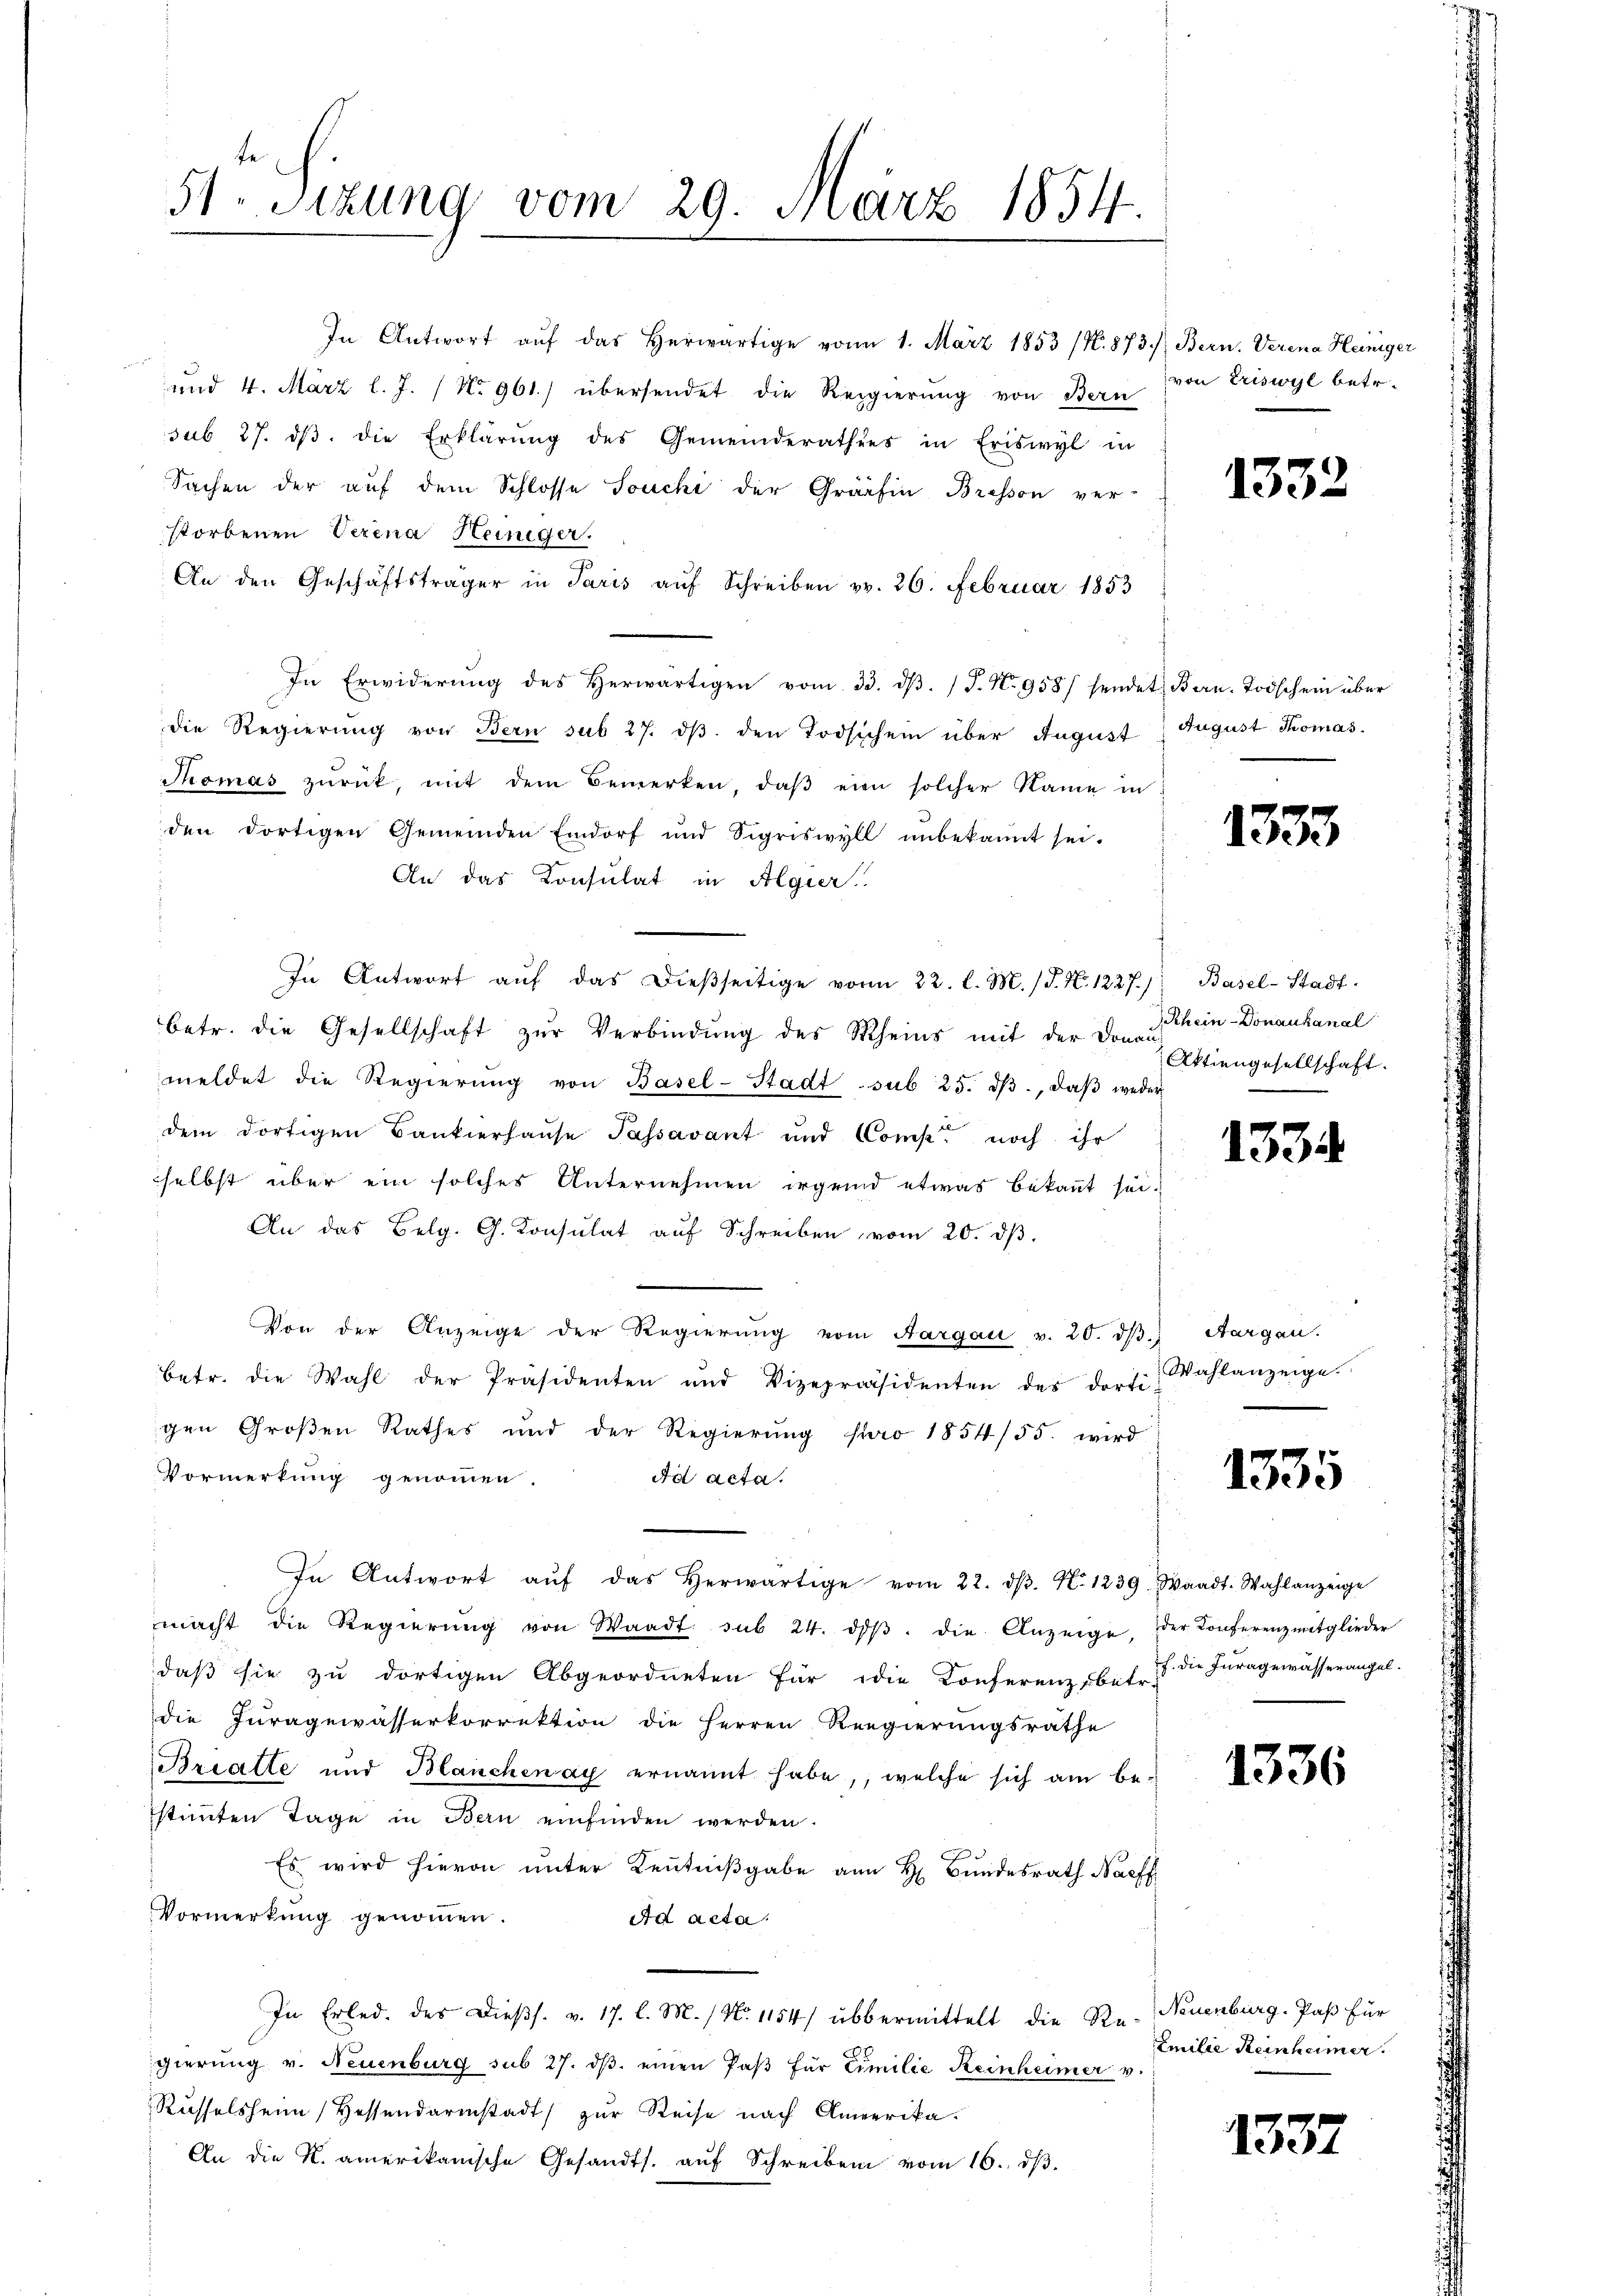
e

te
51. Sizung vom 29. März 1854.

In Antwort aŭf das herwärtige vom 1. März 1853 (N. 873. /: Bern. Verena Heiniger
und 4. März l. J. / No 961.) übersendet die Regierung von Bern
sub 27. dβ. die Erklärŭng des Gemeinderathes in Eriswyl in
Sachen der auf dem Schlosse Souchi der Gräfin Bresson ver-
storbenen Verena Heiniger.
An den Geschäftsträger in Paris aŭf Schreiben v. 26. Februar 1853
In Erwiderŭng des herwärtigen vom 33. dβ. / P. Nr. 958/ sendet Bern. Todschein über
die Regierung von Bern sub 27. dβ. den Todschein über August
Thomas zŭrück, mit dem Bemerken, daβ eine solcher Name in
den dortigen Gemeinden Eindorf und Sigriswyll ŭnbekannt sei.
An das Konsulat in Algier
In Antwort aŭf das dieβseitige vom 22. l. M. (T. N. 1227); Basel-Stadt-
betr. die Gesellschaft zur Verbindung des Rheins mit der Don J. ein-Donaukanal
meldet die Regierŭng von Basel-Stadt sub 25. dβ, daβ weder
dem dortigen Bankierhaŭse Passavant und Comp. noch ihr
selbst über ein solches Unternehmen irgend etwas bekannt sei.
An das Belg. G. Consulat aŭf Schreiben vom 20. dβ.
Von der Anzeige der Regierŭng vom Aargau v. 20. dβ. Aargau.
betr. die Wahl der Präsidenten und Vizepräsidenten des dorti
gen Großen Rathes und der Regierŭng pro 1854/55. wird
Vormerkung genommen.
Ad acta.
In Antwort aŭf das herwärtige vom 22. dβ. N. 1239, Waadt. Wahlanzeige
macht die Regierŭng von Waadt sub 24. dβ. die Anzeige,
daß sie zu dortigen Abgeordneten für die Konferenz betr. die Furagewässerangel.
die Juragewässerkorrektion die Herren Regierungsrathe
Briatte und Blanchenay ernannt habe, welche sich am bestimmten Tage in Bern einfinden werden.
Es wird hievon unter Kenntniβgabe an H. Bundesrath Neff
Vormerkung genommen.
Ad acta.
In Erled. des Dieβs. v. 17. l. M. / No. 1154/ übermittelt die Re- Neuenburg. Paβ für
gierung v. Neuenburg sub 27. dβ einen Paβ für Eimilie Reinheimer v.
Rüsselsheim Hessendarmstadt zur Reise nach Amerika¬
An die K. amerikanische Gesandts. aŭf Schreiben vom 16. dβ.

von Eriswyl betr.

1332

August Thomas.

1333

Aktiengesellschaft.

1334

Wahlanzeige.

1335

der Konferenz mitglieder

1336

Emilie Reinheimer.

1337